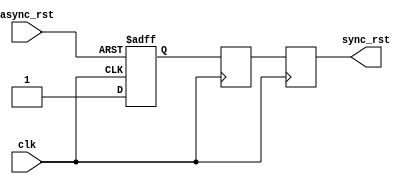
module async_reset_synchronizer #(
    parameter ACTIVE_LOW = 1 // Set to 1 for active-low, 0 for active-high
) (
    input wire clk,            // Clock input
    input wire async_rst,      // Asynchronous reset input
    output reg sync_rst        // Synchronized reset output
);

    // Internal signals for the dual flip-flop stages
    reg rst_ff1, rst_ff2;

    // First flip-flop to capture the asynchronous reset
    always @(posedge clk or negedge async_rst) begin
        if (ACTIVE_LOW ? async_rst == 0 : async_rst == 1)
            rst_ff1 <= ACTIVE_LOW ? 1'b0 : 1'b1; // Capture reset condition
        else
            rst_ff1 <= 1'b1;                      // Release reset
    end

    // Second flip-flop to further synchronize the reset
    always @(posedge clk) begin
        rst_ff2 <= rst_ff1;                        // Pass through the first FF
    end

    // Synchronized reset output logic
    always @(posedge clk) begin
        sync_rst <= rst_ff2;                       // Output synchronized reset
    end

endmodule